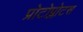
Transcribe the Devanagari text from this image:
प्रोटोप्लोटस